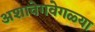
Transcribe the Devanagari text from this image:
अशावेगवेगळ्या